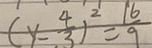
( y - \frac { 4 } { 3 } ) ^ { 2 } = \frac { 1 6 } { 9 }